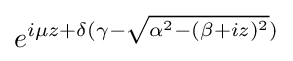
e^{i\mu z+\delta (\gamma -{\sqrt {\alpha ^{2}-(\beta +iz)^{2}}})}